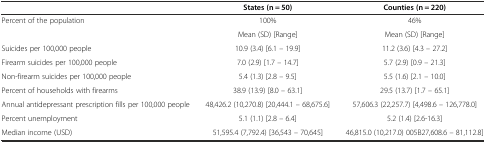
|  | States (n = 50) | Counties (n = 220) |
 | --- | --- | --- |
 | Percent of the population | 100% | 46% |
 |  | Mean (SD) [Range] | Mean (SD) [Range] |
 | Suicides per 100,000 people | 10.9 (3.4) [6.1 – 19.9] | 11.2 (3.6) [4.3 – 27.2] |
 | Firearm suicides per 100,000 people | 7.0 (2.9) [1.7 – 14.7] | 5.7 (2.9) [0.9 – 21.3] |
 | Non-firearm suicides per 100,000 people | 5.4 (1.3) [2.8 – 9.5] | 5.5 (1.6) [2.1 – 10.0] |
 | Percent of households with firearms | 38.9 (13.9) [8.0 – 63.1] | 29.5 (13.7) [1.7 – 65.1] |
 | Annual antidepressant prescription fills per 100,000 people | 48,426.2 (10,270.8) [20,444.1 – 68,675.6] | 57,606.3 (22,257.7) [4,498.6 – 126,778.0] |
 | Percent unemployment | 5.1 (1.1) [2.8 – 6.4] | 5.2 (1.4) [2.6-16.3] |
 | Median income (USD) | 51,595.4 (7,792.4) [36,543 – 70,645] | 46,815.0 (10,217.0) 005B27,608.6 – 81,112.8] |